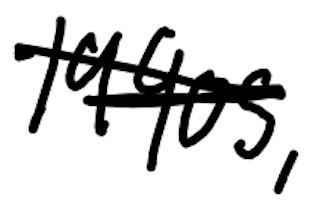
Text: 1990s,
Cross-out: scratch
Writing tool: digital_black